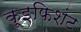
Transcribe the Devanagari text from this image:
कूइफिशंट